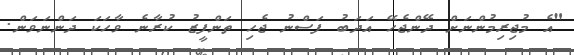
"އެ މުޖިރިމުންނަށް ދޭންޖެހޭ އަދަބު ފަސްނު ޖެހި ތަންފީޒު ކުރާނެ ވާހަކަ ދަންނަވަން.